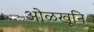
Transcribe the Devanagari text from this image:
ओळखूनि